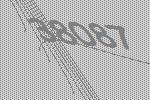
38087